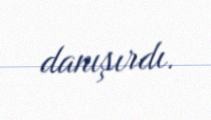
danışırdı.